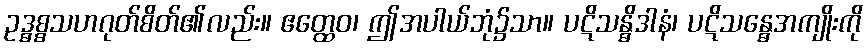
ဥဒ္ဓစ္စသဟဂုတ်စိတ်၏လည်း။ ဧတ္ထေဝ၊ ဤအပါယ်ဘုံ၌သာ။ ပဋိသန္ဓိဒါနံ၊ ပဋိသန္ဓေအကျိုးကို